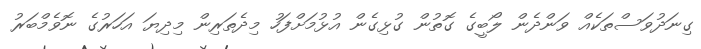
ގިނަދުވަސްތަކެއް ވަންދެން ލޯބީގެ ގޮތުން ގުޅިގެން އުޅުމަށްފަހު މިދެތަރިން މިދިޔަ އަހަރުގެ ނޮވެމްބަރު